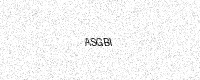
Text: ASGBI